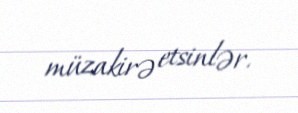
müzakirə etsinlər.